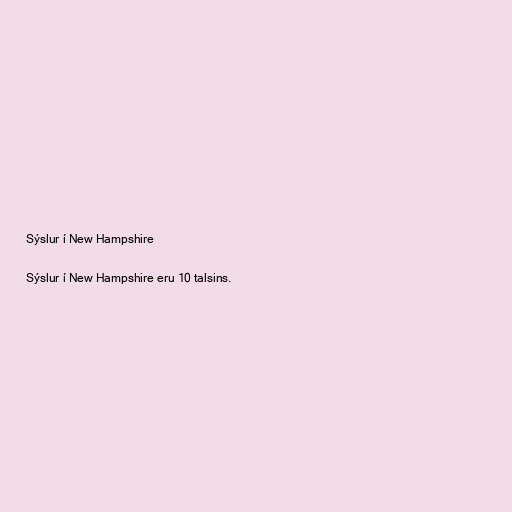
Sýslur í New Hampshire

Sýslur í New Hampshire eru 10 talsins.